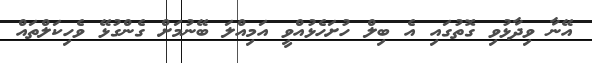
އޭނާ ވިދާޅުވި ގޮތުގައި އެ ބިލް ހުށަހެޅުއްވީ އަމިއްލަ ބޭނުމަށް ގެންގުޅޭ ވެހިކަލްތައް